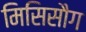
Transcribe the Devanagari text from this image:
मिसिसौग